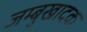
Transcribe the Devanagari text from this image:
जम्बुखादक